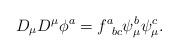
LaTeX: \begin{align*}D_\mu D^\mu \phi^a=f^a_{\phantom{a}bc}\psi^b_\mu \psi^c_\mu.\end{align*}